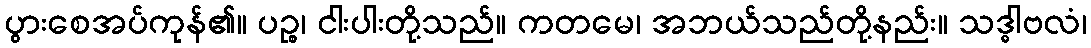
ပွားစေအပ်ကုန်၏။ ပဉ္စ၊ ငါးပါးတို့သည်။ ကတမေ၊ အဘယ်သည်တို့နည်း။ သဒ္ဓါဗလံ၊